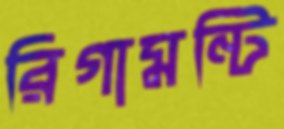
রিগামন্টি